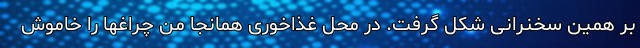
بر همین سخنرانی شکل گرفت. در محل غذاخوری همانجا من چراغها را خاموش